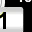
Digit: 1